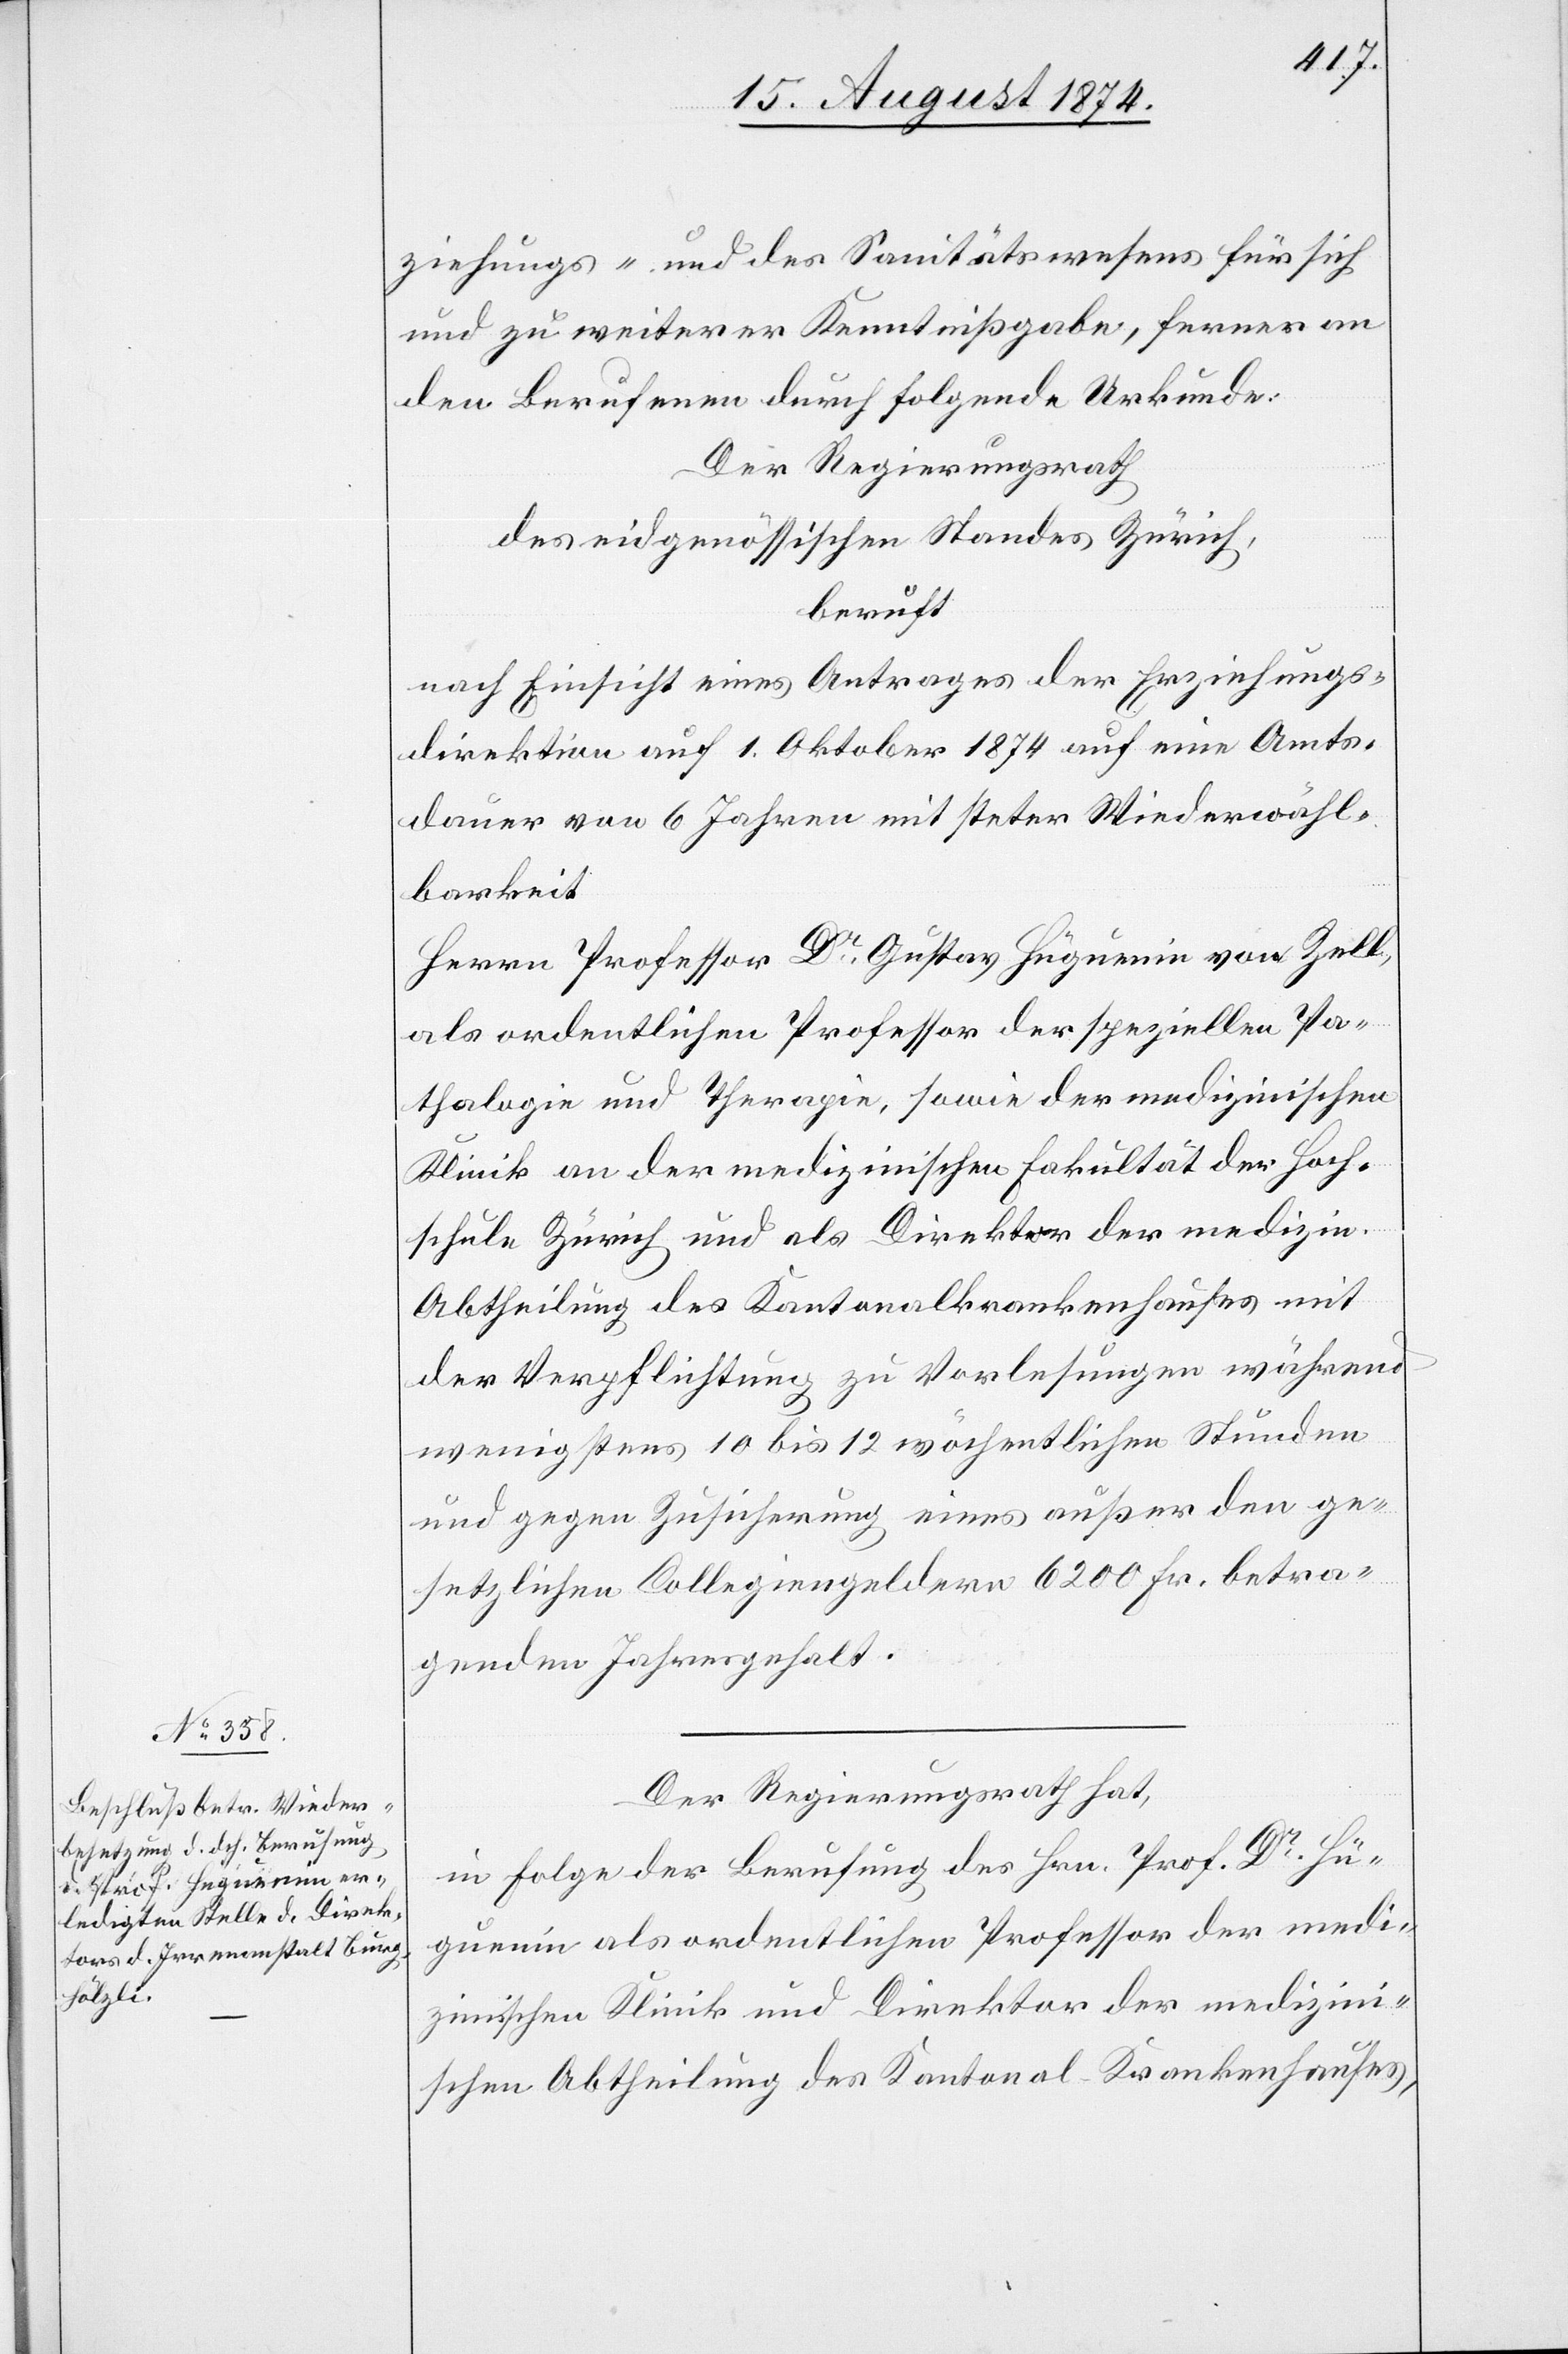
ziehungs- und des Sanitätswesens für sich
und zu weiterer Kenntnißgabe, ferner an
den Berufenen durch folgende Urkunde:
Der Regierungsrath
des eidgenössischen Standes Zürich,
beruft
nach Einsicht eines Antrages der Erziehungs¬
direktion auf 1. Oktober 1874 auf eine Amts¬
dauer von 6 Jahren mit steter Wiederwähl¬
barkeit
Herr Professor Dr Gustav Hüguenin von Zell,
als ordentlichen Professor der speziellen Pa¬
thologie und Therapie, sowie der medizinischen
Klinik an der medizinischen Fakultät der Hoch¬
schule Zürich und als Direktor der medizin.
Abtheilung des Kantonalkrankenhauses mit
der Verpflichtung zu Vorlesungen während
wenigstens 10 bis 12 wöchentlichen Stunden
und gegen Zusicherung eines außer den ge¬
setzlichen Collegiengeldern 6200 Fr. betra¬
genden Jahresgehalt.
Der Regierungsrath hat,
in Folge der Berufung des Hrn. Prof. Dr Hü¬
guenin als ordentlichen Professor der medi¬
zinischen Klinik und Direktor der medizini¬
schen Abtheilung des Kantonal-Krankenhauses,